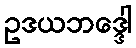
ဥဒယဘဒ္ဒေါ